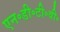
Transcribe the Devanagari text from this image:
एन॰डी॰टी॰वी॰